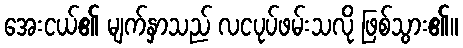
အေးငယ်၏ မျက်နှာသည် လငပုပ်ဖမ်းသလို ဖြစ်သွား၏။